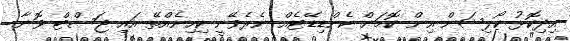
އިިދިކޮޅު ކޯލިޝަން އިން ކޮމަން ކެންޑިޑޭޓެއް ނެރެވޭނީ ކިހިނެއްތޭ އައި ޖަސްޓް ވޮނާ